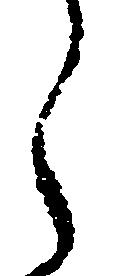
う